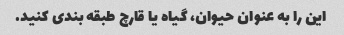
این را به عنوان حیوان، گیاه یا قارچ طبقه بندی کنید.